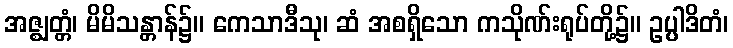
အဇ္ဈတ္တံ၊ မိမိသန္တာန်၌။ ကေသာဒီသု၊ ဆံ အစရှိသော ကသိုဏ်းရုပ်တို့၌။ ဥပ္ပါဒိတံ၊